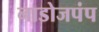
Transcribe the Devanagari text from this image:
नाडोजपंप